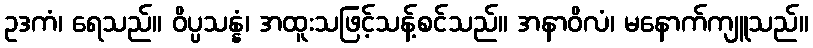
ဥဒကံ၊ ရေသည်။ ဝိပ္ပသန္နံ၊ အထူးသဖြင့်သန့်စင်သည်။ အနာဝိလံ၊ မနောက်ကျူသည်။